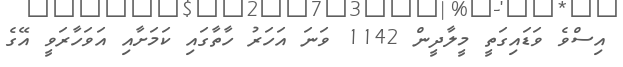
އިސްވެ ވަޑައިގަތީ މީލާދީން 1142 ވަނަ އަހަރު ހާތާގައި ކަމަށާއި އަވަހާރަވީ އޭގެ